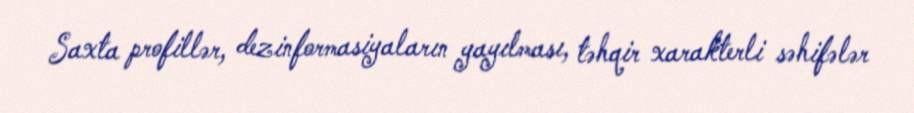
Saxta profillər, dezinformasiyaların yayılması, təhqir xarakterli səhifələr